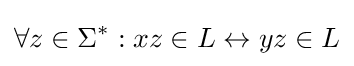
\forall z\in \Sigma ^{*}:xz\in L\leftrightarrow yz\in L